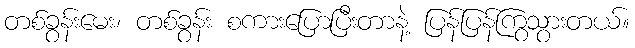
တစ်ခွန်းမေး၊ တစ်ခွန်း စကားပြောပြီးတာနဲ့ ပြန်ပြန်ကြွသွားတယ်။